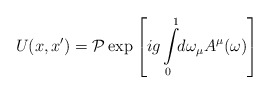
\begin{align*}U(x,x') = {\cal P}\exp\left[i g\int\limits^1_0 \!\!d\omega_\mu A^\mu(\omega)\right]\end{align*}